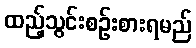
ထည့်သွင်းစဉ်းစားရမည်